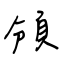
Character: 頒